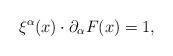
LaTeX: \begin{align*}\xi^{\alpha}(x)\cdot\partial_{\alpha} F(x)=1,\end{align*}